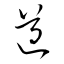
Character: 遵